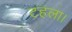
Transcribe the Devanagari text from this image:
टहला।